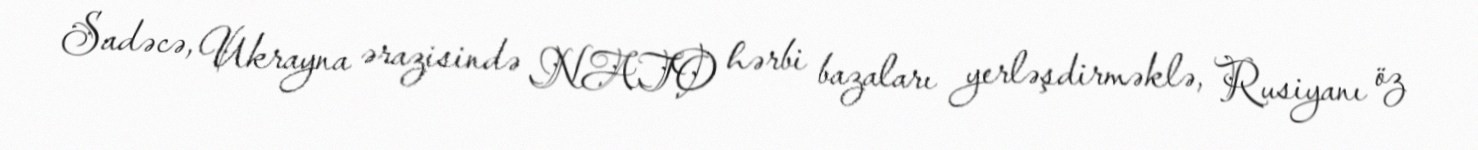
Sadəcə, Ukrayna ərazisində NATO hərbi bazaları yerləşdirməklə, Rusiyanı öz